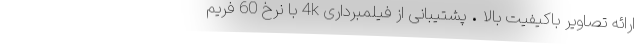
ارائه تصاویر باکیفیت بالا • پشتیبانی از فیلمبرداری 4k با نرخ 60 فریم